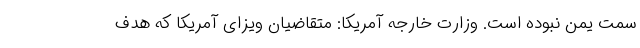
سمت یمن نبوده است. وزارت خارجه آمریکا: متقاضیان ویزای آمریکا که هدف